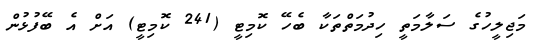
މަޖިލީހުގެ ސަލާމަތީ ހިދުމަތްތަކާ ބެހޭ ކޮމިޓީ (241 ކޮމިޓީ) އަށް އެ ބޭފުޅުން